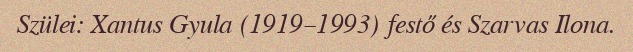
Szülei: Xantus Gyula (1919–1993) festő és Szarvas Ilona.